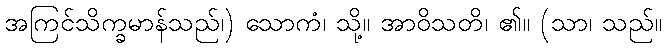
အကြင်သိက္ခမာန်သည်၊) သောကံ၊ သို့။ အာဝိသတိ၊ ၏။ (သာ၊ သည်။